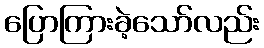
ပြောကြားခဲ့သော်လည်း